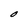
Character: O